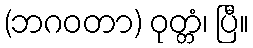
(ဘဂဝတာ) ဝုတ္တံ၊ ပြီ။